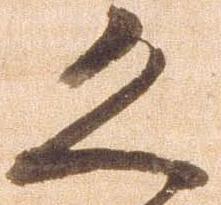
恐